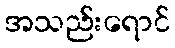
အသည်းရောင်